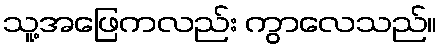
သူ့အဖြေကလည်း ကွာလေသည်။